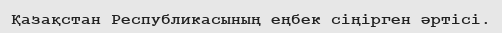
Қазақстан Республикасының еңбек сіңірген әртісі.